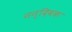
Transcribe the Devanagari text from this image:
नन्दिवक